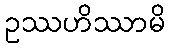
ဥဿဟိဿာမိ